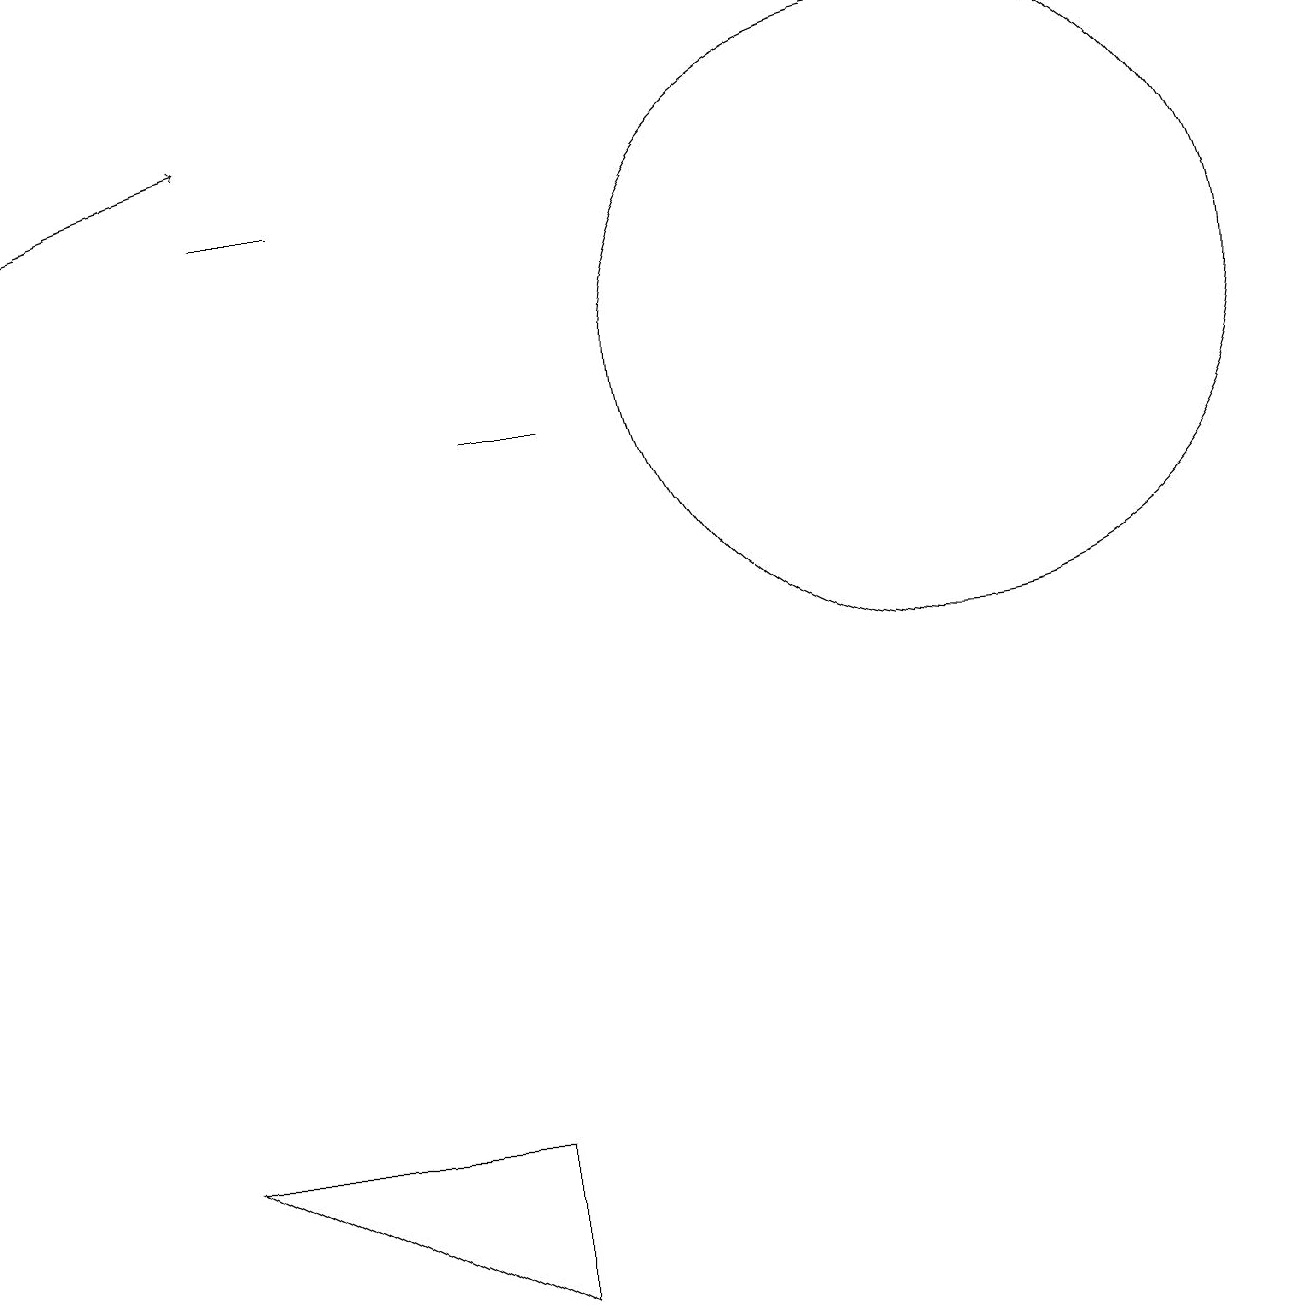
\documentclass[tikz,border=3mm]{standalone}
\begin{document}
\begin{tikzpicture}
\draw (3,14) rectangle (4,14);
\draw[->] (0,14) -- (3,15);
\draw (6,11) rectangle (7,11);
\draw (12,12) circle (4);
\draw (2,2) -- (6,0) -- (6,2) -- cycle;
\draw (12,11) circle (0);
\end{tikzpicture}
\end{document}